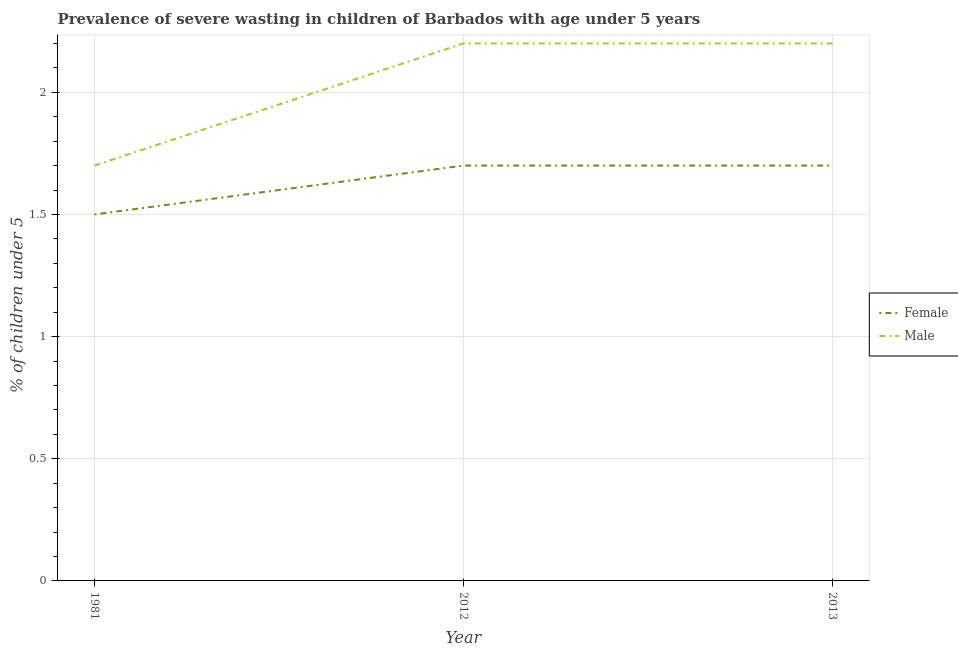
| Year | Female | Male |
 | --- | --- | --- |
 | 1981 | 1.5 | 1.7 |
 | 2012 | 1.7 | 2.2 |
 | 2013 | 1.7 | 2.2 |